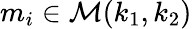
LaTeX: m_{i}\in\mathcal{M}(k_{1},k_{2})